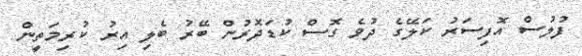
ފުލުސް އޮފިސަރު ކަލޭގެ ދުވެ ގޮސް ކުޑަދޮރުން ބޭރު ބެލި އިރު ކުރިމަތީން